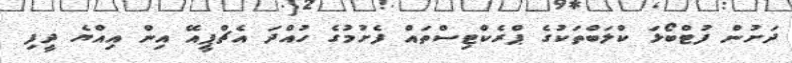
ދަށުން ފުޓްބޯޅަ ކްލަބްތަކުގެ ޕްރެކްޓިސްތައް ފެށުމުގެ ހުއްދަ އެޗްޕީއޭ އިން އިއްޔެ ދީފި